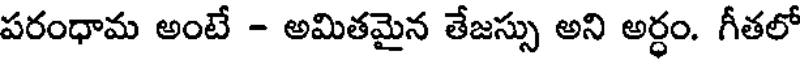
పరంధామ అంటే - అమితమైన తేజస్సు అని అర్ధం. గీతలో